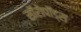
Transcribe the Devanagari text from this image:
सॉरोपॉड्स